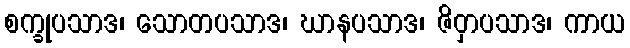
စက္ခုပသာဒ၊ သောတပသာဒ၊ ဃာနပသာဒ၊ ဇိဝှာပသာဒ၊ ကာယ